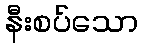
နီးစပ်သော